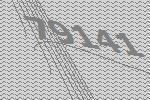
79141